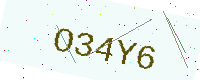
Text: O34Y6